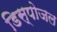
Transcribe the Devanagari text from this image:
डिस्पोजल